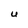
Character: U